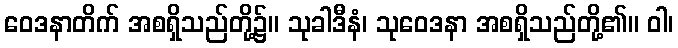
ဝေဒနာတိက် အစရှိသည်တို့၌။ သုခါဒီနံ၊ သုဝေဒနာ အစရှိသည်တို့၏။ ဝါ၊